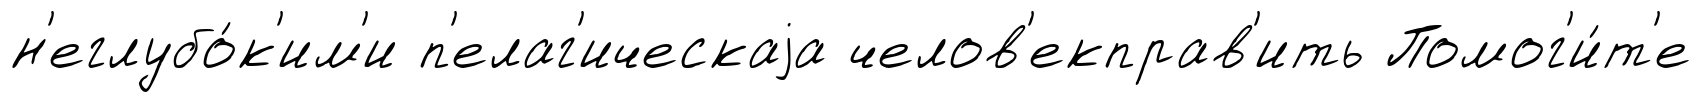
н'еглубо́к'им'и п'елаг'ическаjа челов'екправ'ить Помог'и́т'е